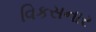
વિકસનાર